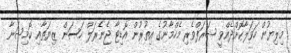
މިލިޔުން ހަވަލާކޮށްދެއްވީ ޝަރަފްވެރި މެހްމާނުގެ އިތުރުން އޮޑިޓާ ޖެނެރަލް ހަސަން ޒިޔަތާއި ކޮމިޝަނާ